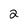
Character: 2